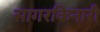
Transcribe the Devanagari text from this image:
सागरकिनारी